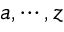
a , \cdots , z